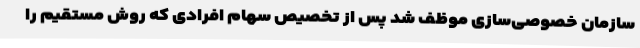
سازمان خصوصی‌سازی موظف شد پس از تخصیص سهام افرادی که روش مستقیم را